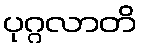
ပုဂ္ဂလာတိ